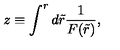
z \equiv \int ^ { r } d \tilde { r } \frac { 1 } { F ( \tilde { r } ) } ,